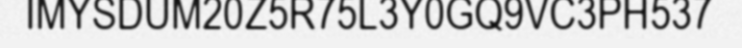
IMYSDUM20Z5R75L3Y0GQ9VC3PH537